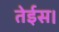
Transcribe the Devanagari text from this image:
तेईस।